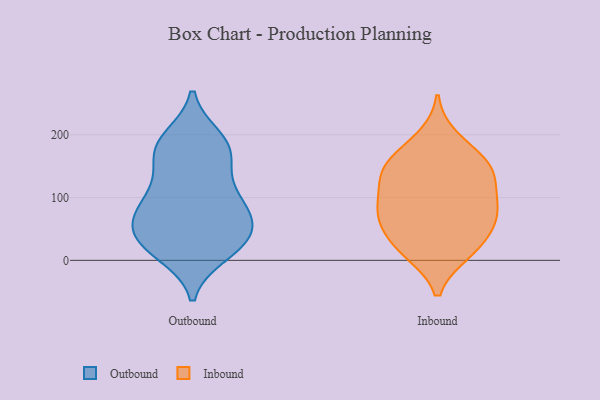
{"axis": {"x": "Energy Usage (MWh)", "y": "Value"}, "legend": ["Inbound", "Outbound"], "data": [{"x": "", "y": 17, "type": "Outbound"}, {"x": "", "y": 188, "type": "Outbound"}, {"x": "", "y": 50, "type": "Outbound"}, {"x": "", "y": 102, "type": "Outbound"}, {"x": "", "y": 162, "type": "Outbound"}, {"x": "", "y": 165, "type": "Outbound"}, {"x": "", "y": 166, "type": "Outbound"}, {"x": "", "y": 195, "type": "Outbound"}, {"x": "", "y": 190, "type": "Outbound"}, {"x": "", "y": 16, "type": "Outbound"}, {"x": "", "y": 90, "type": "Outbound"}, {"x": "", "y": 64, "type": "Outbound"}, {"x": "", "y": 30, "type": "Outbound"}, {"x": "", "y": 70, "type": "Outbound"}, {"x": "", "y": 49, "type": "Outbound"}, {"x": "", "y": 36, "type": "Outbound"}, {"x": "", "y": 10, "type": "Outbound"}, {"x": "", "y": 114, "type": "Outbound"}, {"x": "", "y": 104, "type": "Outbound"}, {"x": "", "y": 66, "type": "Outbound"}, {"x": "", "y": 24, "type": "Inbound"}, {"x": "", "y": 45, "type": "Inbound"}, {"x": "", "y": 13, "type": "Inbound"}, {"x": "", "y": 90, "type": "Inbound"}, {"x": "", "y": 70, "type": "Inbound"}, {"x": "", "y": 63, "type": "Inbound"}, {"x": "", "y": 79, "type": "Inbound"}, {"x": "", "y": 156, "type": "Inbound"}, {"x": "", "y": 141, "type": "Inbound"}, {"x": "", "y": 165, "type": "Inbound"}, {"x": "", "y": 13, "type": "Inbound"}, {"x": "", "y": 145, "type": "Inbound"}, {"x": "", "y": 132, "type": "Inbound"}, {"x": "", "y": 194, "type": "Inbound"}, {"x": "", "y": 119, "type": "Inbound"}, {"x": "", "y": 84, "type": "Inbound"}]}